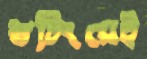
শুটিংয়েই